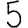
Digit: 5